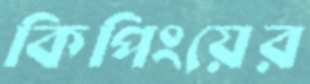
কিপিংয়ের